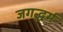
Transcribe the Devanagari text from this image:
जगद्धर्म